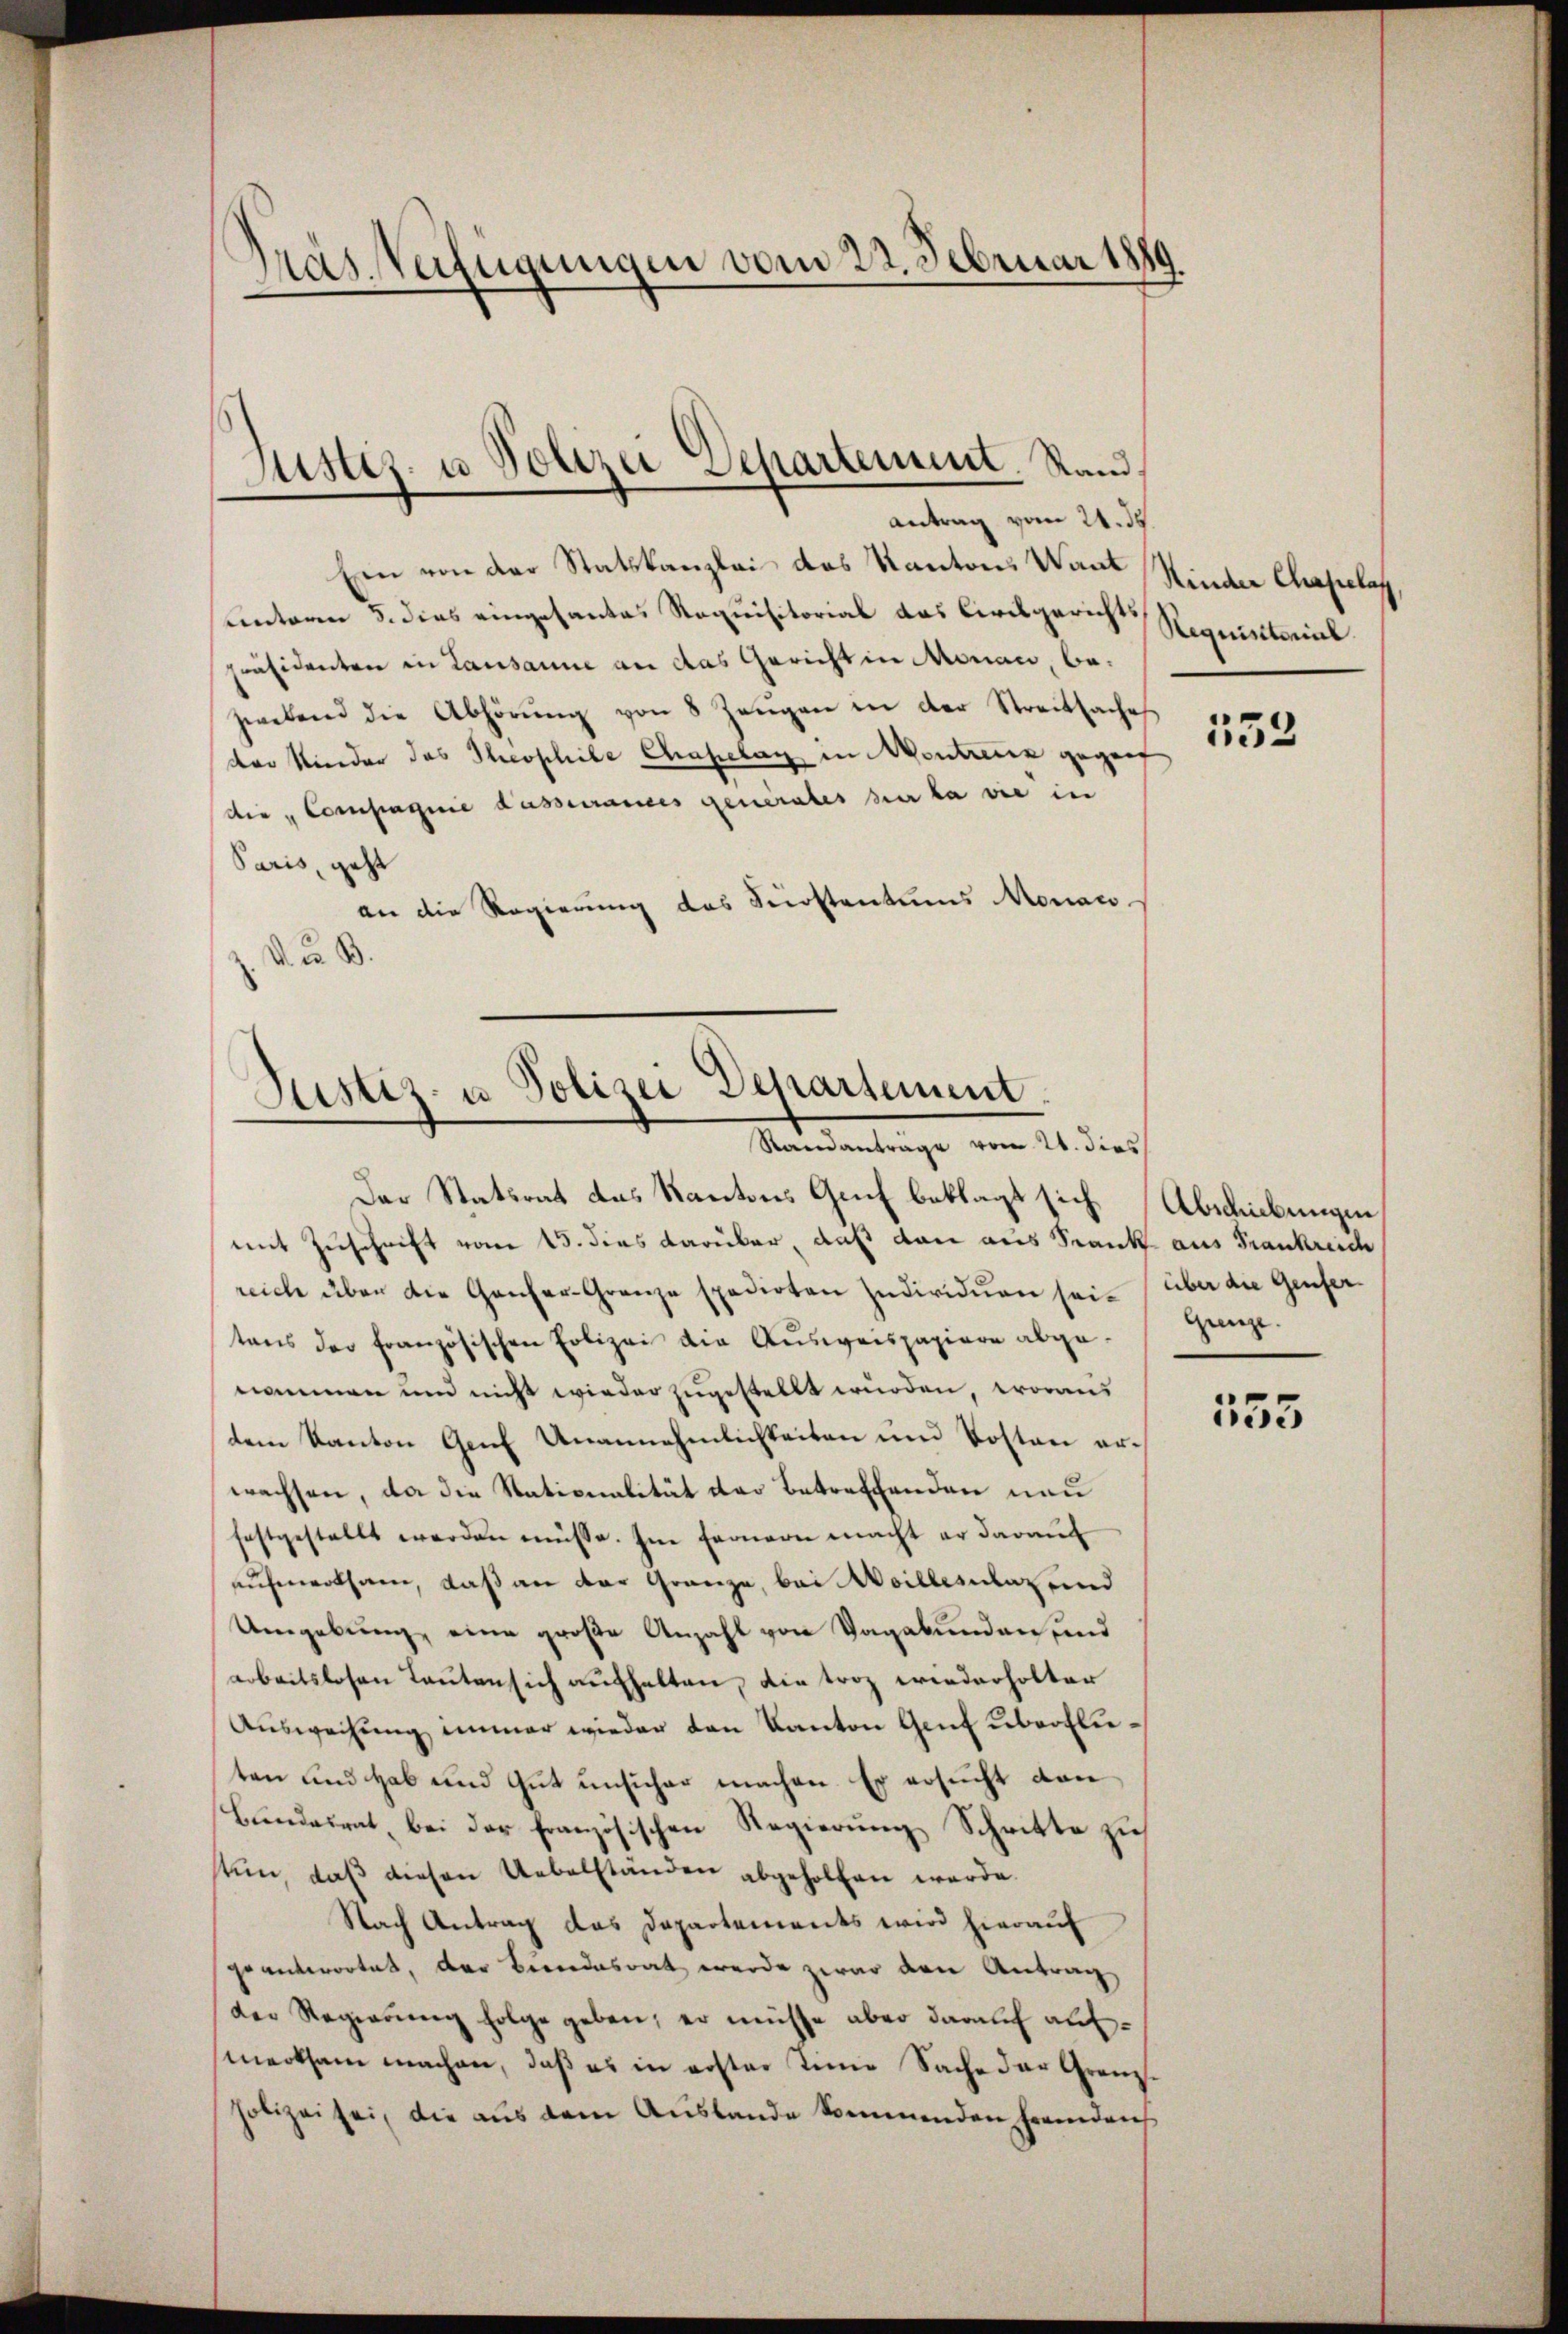
Mas Verfügungen vom 22. Februar 1889

Ein von der Statskanzlei das Kantons Want
unteren S. dies eingesantes Requisitorial das Civilgerichts
präsidenten in Lausanne an das Gericht in Monau, bezwetend die Abhörŭng von 8 Zeŭgen in der Streitsache
der Kinder das Theophie Chapelag in Montreuen gegent
die „Compagnie dasserramtes generales zu la die in
Paris, geht
an die Regierung des Fenstantums Monac
d. Z. B.

Justiz- u Polizei Departement. Stand
Antrag vom 21. ds.

Justiz- u Polizei Departement.
Randantrage vom 21. dies

Der Statsrat das Kantons Genf beklagt sich Abschiebungen
mit Zuschrift vom 15. dies darüber, daß dan aus Frank aus Frankreic
reich über die Ganzer-Granze spedirten Individuen sei über die Genfertens der Französischen Polizei die Ausweispapiere abgenommen und nicht wieder zugestellt wurden, woraus
dem Kanton Genf Unannehmlichkeiten und Kosten erwachsen, da die Stationalität der Betreffenden neu
festgestellt werden müsse. Im Fernern macht er daraŭf
aufenwolsam, daß an der Gränze, bei Weillerulaz und
Umgebung, eine große Anzahl von Vagabunden und
arbeitslosen Lauten sich aufhalten, die troz wiederholter
Aŭsweisung immer wieder den Kanton Gent überflieten und Hab und Gut unsicher machen. Er ersucht von
Bundesrat, bei der französischen Regierung Schritte zu
tun, daß diesen Uebelständen abgeholfen werde.
Nach Antrag das Departements wird hierauf
geantwortet, der Bundesrat werde zwar den Antrag
der Regierung folge geben, er müsse aber darauf aufmerksam machen, daß es in erster Tinie Sache der Gränzholizei sei, die aus dem Auslande kommenden fremdens

Kinder Chapelag
Requisitorial

533

Grenze.

153